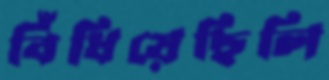
বিঁধিয়েছিলি